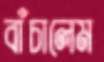
বাঁচালেম